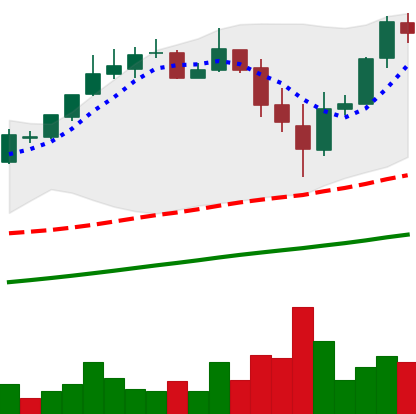
Ticker: BTC-USD
Chart end date: 2017-11-17
Forward return: 7.064%
Label: up_7plus